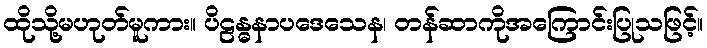
ထိုသို့မဟုတ်မူကား။ ပိဠန္ဓနာပဒေသေန၊ တန်ဆာကိုအကြောင်းပြုသဖြင့်။